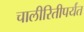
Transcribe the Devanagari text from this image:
चालीरितीपर्यंत